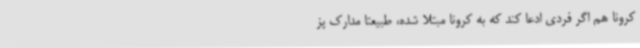
کرونا هم اگر فردی ادعا کند که به کرونا مبتلا شده، طبیعتا مدارک پز